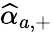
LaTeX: \widehat{\alpha}_{a,+}